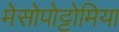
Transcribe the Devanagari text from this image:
मेसोपोट्टोमिया